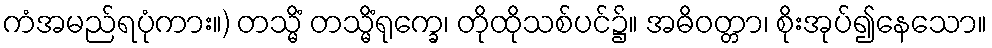
ကံအမည်ရပုံကား။) တသ္မိံ တသ္မိံရုက္ခေ၊ တိုထိုသစ်ပင်၌။ အဓိဝတ္တာ၊ စိုးအုပ်၍နေသော။